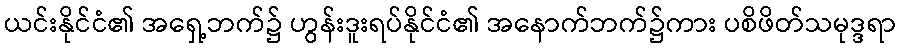
ယင်းနိုင်ငံ၏ အရှေ့ဘက်၌ ဟွန်းဒူးရပ်နိုင်ငံ၏ အနောက်ဘက်၌ကား ပစိဖိတ်သမုဒ္ဒရာ